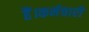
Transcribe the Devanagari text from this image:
हैं।कर्मचारी